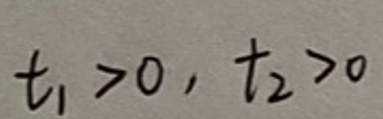
$t_1 > 0, t_2 > 0$